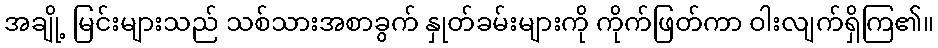
အချို့ မြင်းများသည် သစ်သားအစာခွက် နှုတ်ခမ်းများကို ကိုက်ဖြတ်ကာ ဝါးလျက်ရှိကြ၏။